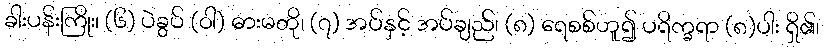
ခါးပန်းကြိုး၊ (၆) ပဲခွပ် (ဝါ) ဓားမတို၊ (၇) အပ်နှင့် အပ်ချည်၊ (၈) ရေစစ်ဟူ၍ ပရိက္ခရာ (၈)ပါး ရှိ၏၊